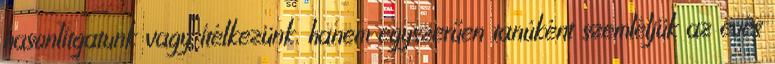
hasonlítgatunk vagy ítélkezünk, hanem egyszerűen tanúként szemléljük az evés